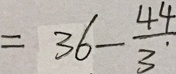
= 3 6 - \frac { 4 4 } { 3 . }